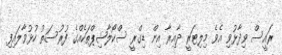
ރައީސް ވިދާޅުވި އެވެ މިލިޓަރީ ދާއިރާ އިން ޑިގްރީ ސްކޯލާޝިޕްތަކެއްގެ ފުރުސަތު ހުޅުވާލައިފި